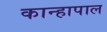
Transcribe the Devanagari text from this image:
कान्हापाल